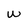
Character: w